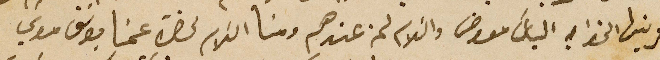
قرينها الخواجه الياسَ معوض والسَلام لمن عندهم ومنا السَلام لحضرة عمنا يوسَف موسَي